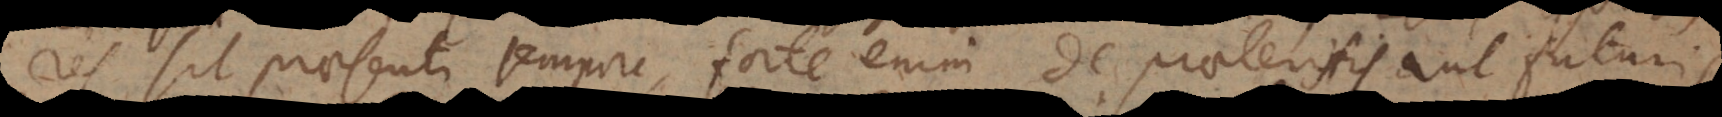
res sit praesenti tempore, forte enim de praeteritis aut futuris